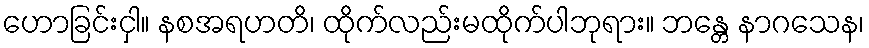
ဟောခြင်းငှါ။ နစအရဟတိ၊ ထိုက်လည်းမထိုက်ပါဘုရား။ ဘန္တေ နာဂသေန၊